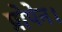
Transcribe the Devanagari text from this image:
प्रोपेन।